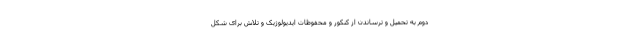
دوم به تحمیل و ترساندن از کنکور و محفوظات ایدیولوژیک و تلاش برای شکل